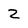
Character: 2